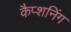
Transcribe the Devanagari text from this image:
कैप्शनिंग